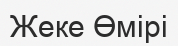
Жеке Өмірі